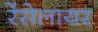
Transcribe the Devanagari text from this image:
रेंसेलायर